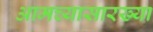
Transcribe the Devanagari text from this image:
आमच्यासारख्या